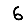
Digit: 6